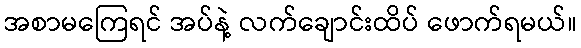
အစာမကြေရင် အပ်နဲ့ လက်ချောင်းထိပ် ဖောက်ရမယ်။